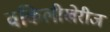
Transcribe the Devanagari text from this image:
वकिलीखेरीज